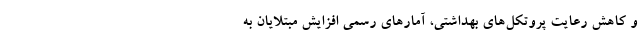
و کاهش رعایت پروتکل‌های بهداشتی، آمارهای رسمی افزایش مبتلایان به